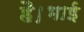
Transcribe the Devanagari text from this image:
है।भाई